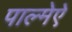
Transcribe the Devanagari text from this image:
पाल्मेऐ